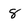
Character: 8